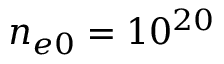
n _ { e 0 } = 1 0 ^ { 2 0 }